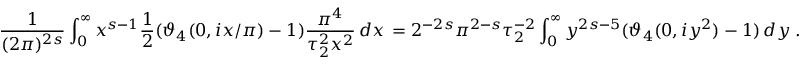
\frac 1 { ( 2 \pi ) ^ { 2 s } } \int _ { 0 } ^ { \infty } x ^ { s - 1 } { \frac { 1 } { 2 } } ( \vartheta _ { 4 } ( 0 , i x / \pi ) - 1 ) \frac { \pi ^ { 4 } } { \tau _ { 2 } ^ { 2 } x ^ { 2 } } \, d x \, = 2 ^ { - 2 s } \pi ^ { 2 - s } \tau _ { 2 } ^ { - 2 } \int _ { 0 } ^ { \infty } y ^ { 2 s - 5 } ( \vartheta _ { 4 } ( 0 , i y ^ { 2 } ) - 1 ) \, d y \; .